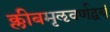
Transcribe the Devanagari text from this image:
क्लीबमृऌवर्णद्वयं